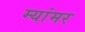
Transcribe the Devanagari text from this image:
म्यांमर